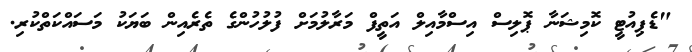
"ޑެޕިއުޓީ ކޮމިޝަނާ ޕޮލިސް އިސްމާއިލް އަތީފް މަރާލުމަށް ފުލުހުންގެ ތެރެއިން ބަޔަކު މަސައްކަތްކުރި.